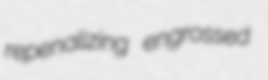
repenalizing engrossed